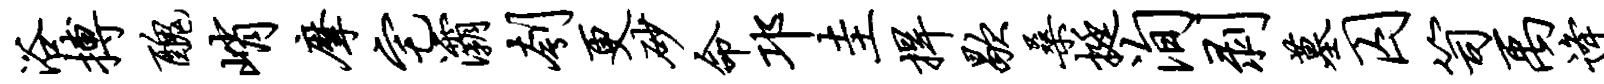
浴搏丑峭摩宅灞刳更砂命邛圭捍歇桑挺洵剥墓囚笥禹逄